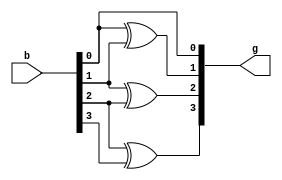
`timescale 1ns / 1ps
//////////////////////////////////////////////////////////////////////////////////
// Company: 
// Engineer: 
// 
// Design Name: 
// Module Name: bin_2_gray
// Project Name: 
// Target Devices: 
// Tool Versions: 
// Description: 
// 
// Dependencies: 
// 
// Revision:
// Revision 0.01 - File Created
// Additional Comments:
// 
//////////////////////////////////////////////////////////////////////////////////


module bin_2_gray(b,g);
    input [3:0]b;
    output [3:0]g;
    assign g[0]=b[0];
    assign g[1]=b[0]^b[1];
    assign g[2]=b[1]^b[2];
    assign g[3]=b[2]^b[3];
endmodule